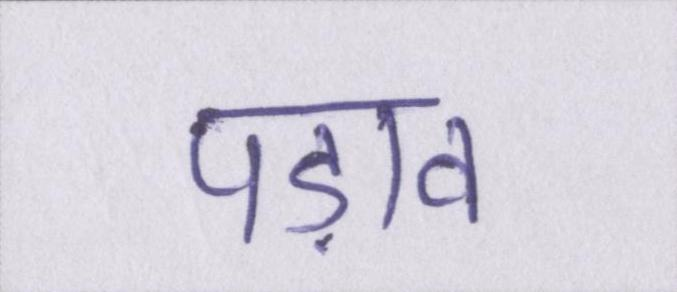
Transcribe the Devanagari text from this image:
पड़ाव